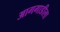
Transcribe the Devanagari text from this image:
आगगाडीला